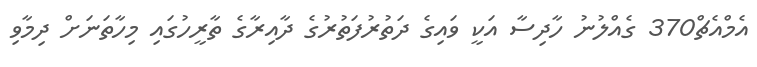
އެމްއެޗް370 ގެއްލުނު ހާދިސާ އަކީ ވައިގެ ދަތުރުފަތުރުގެ ދާއިރާގެ ތާރީހުގައި މިހާތަނަށް ދިމާވި